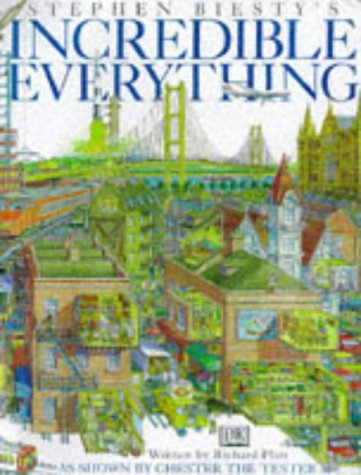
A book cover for Incredible Everything (Cross Sections); Stephen Biesty; Reference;